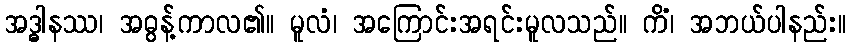
အဒ္ဓါနဿ၊ အဓွန့်ကာလ၏။ မူလံ၊ အကြောင်းအရင်းမူလသည်။ ကိံ၊ အဘယ်ပါနည်း။